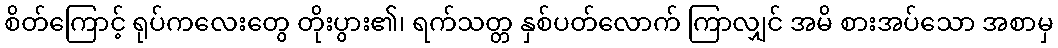
စိတ်ကြောင့် ရုပ်ကလေးတွေ တိုးပွား၏၊ ရက်သတ္တ နှစ်ပတ်လောက် ကြာလျှင် အမိ စားအပ်သော အစာမှ